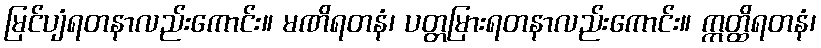
မြင်ပျံရတနာလည်းကောင်း။ မဏိရတနံ၊ ပတ္တမြားရတနာလည်းကောင်း။ ဣတ္ထိရတနံ၊